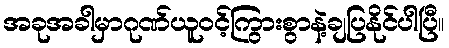
အခုအခါမှာဂုဏ်ယူဝင့်ကြွားစွာနဲ့ချပြနိုင်ပါပြီ။